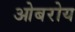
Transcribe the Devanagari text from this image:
ओबरोय